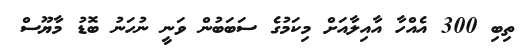
ތިބި 300 އެއްހާ އާއިލާއަށް މިކަމުގެ ސަބަބުން ވަނީ ނުހަނު ބޮޑު މާޔޫސް